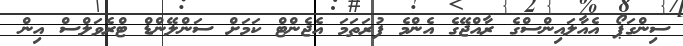
ސިންގަޕޯ އެއާލައިންސްގެ ރާއްޖޭގެ އެންމެ ފުރަތަމަ އެޖެންޓް ކަމަށް ސަންލޭންޑް ޓްރެވަލްސް އިން